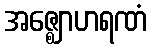
အဇ္ဈောဟရဏံ